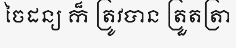
ចៃដន្យ ក៏ ត្រូវបាន ត្រួតត្រា